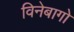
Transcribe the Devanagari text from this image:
विनेबागो